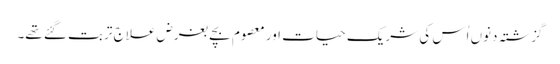
گزشتہ دنوں اُس کی شریک حیات اور معصوم بچے بغرض علاج تربت گئے تھے۔